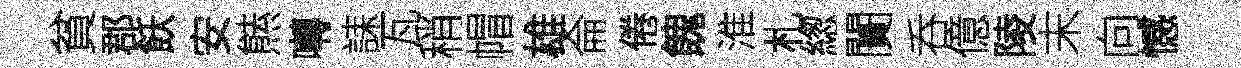
貧郡飫安㷱囀誄瓦稍帽雄侖倦餽淮札緫闠呑億陵末向憾